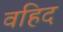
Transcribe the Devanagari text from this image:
वहिद